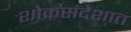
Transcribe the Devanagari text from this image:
शोकसंदेशात